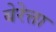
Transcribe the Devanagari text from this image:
बेरेत्ता